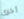
أخرى